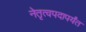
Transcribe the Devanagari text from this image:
नेतृत्वपदापर्यंत